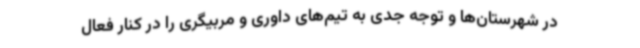
در شهرستان‌ها و توجه جدی به تیم‌های داوری و مربیگری را در کنار فعال